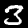
Digit: 3